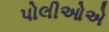
પોલીઓએ